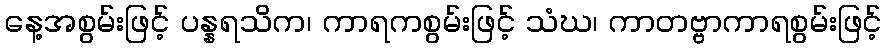
နေ့အစွမ်းဖြင့် ပန္နရသိက၊ ကာရကစွမ်းဖြင့် သံဃ၊ ကာတဗ္ဗာကာရစွမ်းဖြင့်